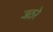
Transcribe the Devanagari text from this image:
जठरे